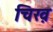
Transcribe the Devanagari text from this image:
चिख़